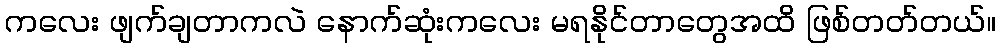
ကလေး ဖျက်ချတာကလဲ နောက်ဆုံးကလေး မရနိုင်တာတွေအထိ ဖြစ်တတ်တယ်။